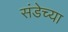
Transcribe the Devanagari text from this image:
संडेच्या